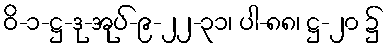
ဝိ-၁-ဋ္ဌ-ဒု-အုပ်-၉-၂၂-၃၁၊ ပါ-၈၈၊ ဋ္ဌ-၂၀ ၌